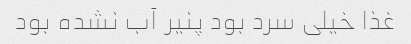
غذا خیلی سرد بود پنیر آب نشده بود